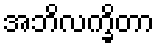
အဘိလက္ခိတာ